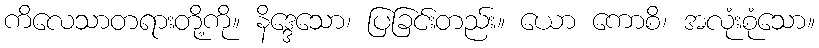
ကိလေသာတရားတို့ကို။ နိဒ္ဒေသော၊ ပြခြင်းတည်း။ ယော ကောစိ၊ အလုံးစုံသော။